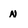
Character: N